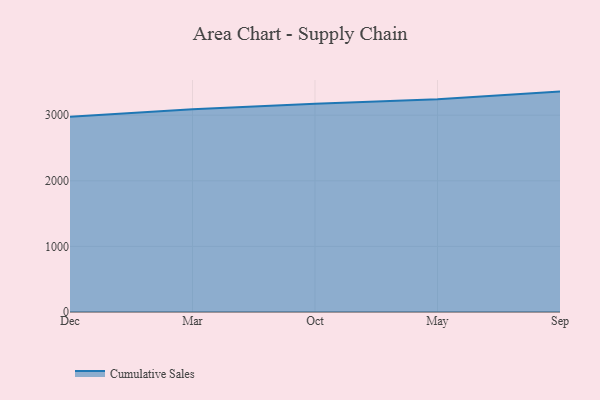
{"axis": {"x": "Month", "y": "LTV (USD)"}, "legend": ["Cumulative Sales"], "data": [{"x": "Dec", "y": 2977.2, "type": "Cumulative Sales"}, {"x": "Mar", "y": 3091.8, "type": "Cumulative Sales"}, {"x": "Oct", "y": 3173.5, "type": "Cumulative Sales"}, {"x": "May", "y": 3244.2, "type": "Cumulative Sales"}, {"x": "Sep", "y": 3360.0, "type": "Cumulative Sales"}]}